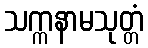
သက္ကနာမသုတ္တံ